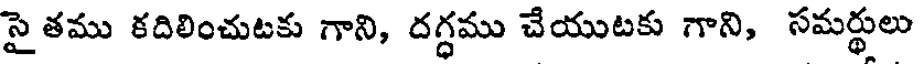
సైతము కదిలించుటకు గాని, దగ్ధము చేయుటకు గాని, సమర్థులు